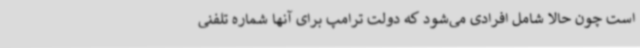
است چون حالا شامل افرادی می‌شود که دولت ترامپ برای آنها شماره تلفنی